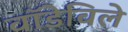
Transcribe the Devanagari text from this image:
वॉडेविले